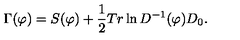
\Gamma ( \varphi ) = S ( \varphi ) + \frac { 1 } { 2 } T r \ln D ^ { - 1 } ( \varphi ) D _ { 0 } .